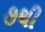
૭થી